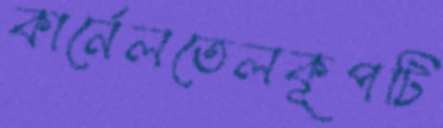
কার্নেলতেলকূপটি